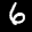
Label: 6